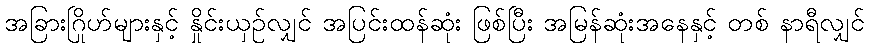
အခြားဂြိုဟ်များနှင့် နှိုင်းယှဉ်လျှင် အပြင်းထန်ဆုံး ဖြစ်ပြီး အမြန်ဆုံးအနေနှင့် တစ် နာရီလျှင်